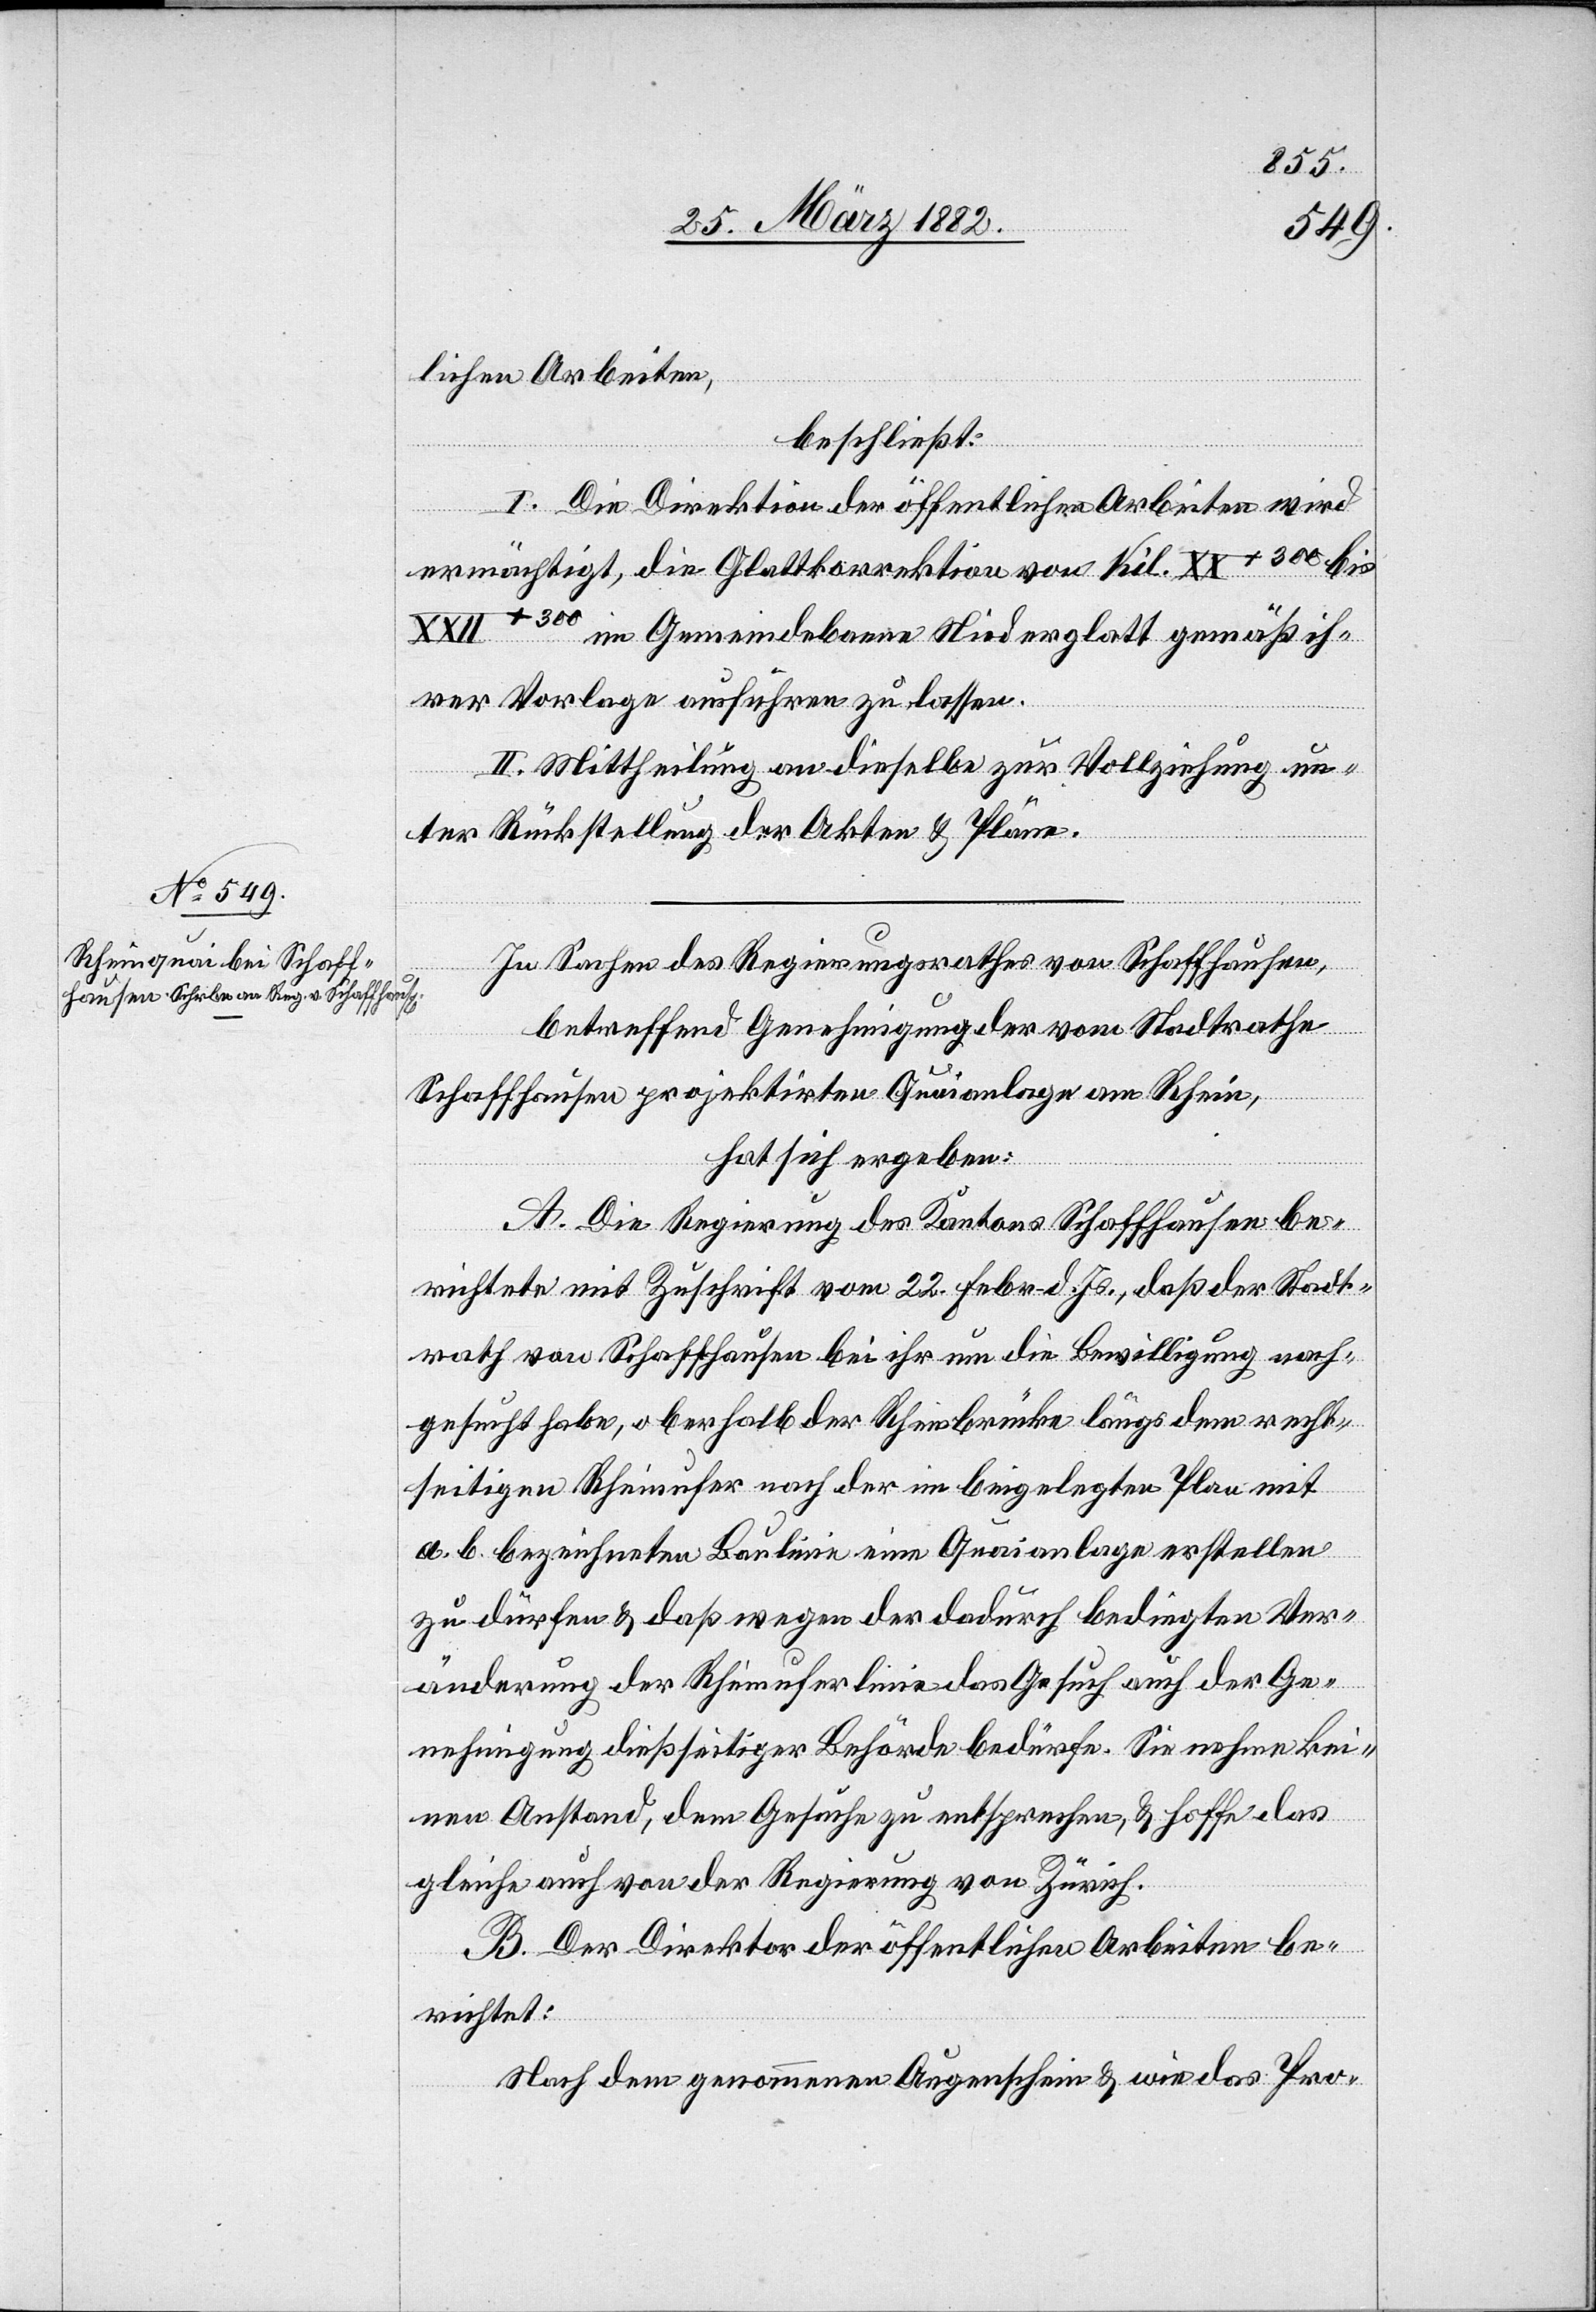
lichen Arbeiten,
beschließt:
I. Die Direktion der öffentlichen Arbeiten wird
ermächtigt, die Glattkorrektion von Kil. XX + 300 bis
XXII + 300 im Gemeindebanne Niederglatt gemäß ih¬
rer Vorlage ausführen zu lassen.
II. Mittheilung an dieselbe zur Vollziehung un¬
ter Rückstellung der Akten & Pläne.
In Sachen des Regierungsrathes von Schaffhausen,
betreffend Genehmigung der vom Stadtrathe
Schaffhausen projektierten Quaianlage am Rhein,
hat sich ergeben:
A. Die Regierung des Kantons Schaffhausen be¬
richtet mit Zuschrift vom 22. Febr. d. Js., daß der Stadt¬
rath von Schaffhausen bei ihr um die Bewilligung nach¬
gesucht habe, oberhalb der Rheinbrücke längs dem recht¬
seitigen Rheinufer nach der im beigelegten Plan mit
a. b. bezeichneten Baulinie eine Quaianlage erstellen
zu dürfen & daß wegen der dadurch bedingten Ver¬
änderungen der Rheinuferlinie das Gesuch auch der Ge¬
nehmigung dießseitiger Behörde bedürfe. Sie nehme kei¬
nen Anstand, dem Gesuche zu entsprechen, & hoffe das
gleiche auch von der Regierung von Zürich.
B. Der Direktor der öffentlichen Arbeiten be¬
richtet:
Nach dem genommenen Augenschein & wie das Pro-